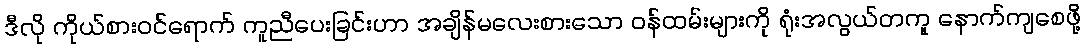
ဒီလို ကိုယ်စားဝင်ရောက် ကူညီပေးခြင်းဟာ အချိန်မလေးစားသော ဝန်ထမ်းများကို ရုံးအလွယ်တကူ နောက်ကျစေဖို့